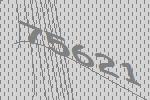
75621